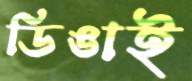
ডিঙাই